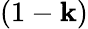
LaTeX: (1-\mathbf{k})